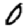
Digit: 0